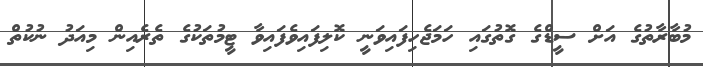
މުބާރާތުގެ އަށް ސީޑްގެ ގޮތުގައި ހަމަޖެހިފައިވަނީ ކޮލިފައިވެފައިވާ ޓީމުތަކުގެ ތެރެއިން މިއަދު ނުކުތް